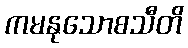
ကမနုသောစသီတိ